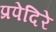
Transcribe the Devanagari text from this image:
प्रपेदिरे